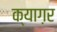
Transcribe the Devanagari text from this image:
क्याग़र